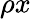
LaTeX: \rho x